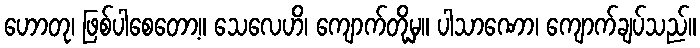
ဟောတု၊ ဖြစ်ပါစေတော့။ သေလေဟိ၊ ကျောက်တို့မှ။ ပါသာဏော၊ ကျောက်ချပ်သည်။